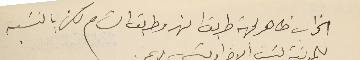
الخراب ظاهر لجهة طريق النهر وطريق الشام لكن بالنسَبه